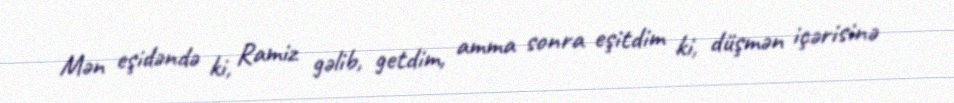
Mən eşidəndə ki, Ramiz gəlib, getdim, amma sonra eşitdim ki, düşmən içərisinə